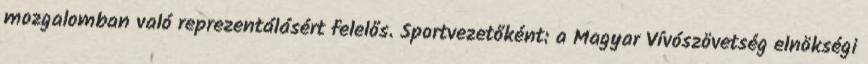
mozgalomban való reprezentálásért felelős. Sportvezetőként: a Magyar Vívószövetség elnökségi